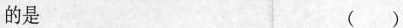
的是 ()